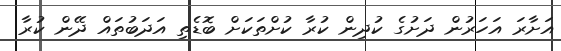
އަށާރަ އަހަރުން ދަށުގެ ކުދިން ކުރާ ކުށްތަކަށް ބޮޑެތި އަދަބުތައް ދޭން ކުރާ